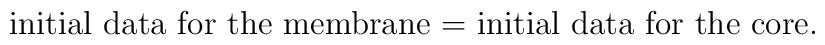
\mbox{initial data for the membrane = initial data for the core.}